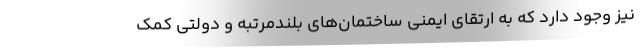
نیز وجود دارد که به ارتقای ایمنی ساختمان‌های بلندمرتبه و دولتی کمک